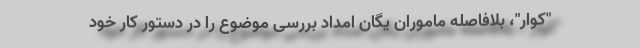
"کوار"، بلافاصله ماموران یگان امداد بررسی موضوع را در دستور کار خود